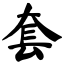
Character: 套